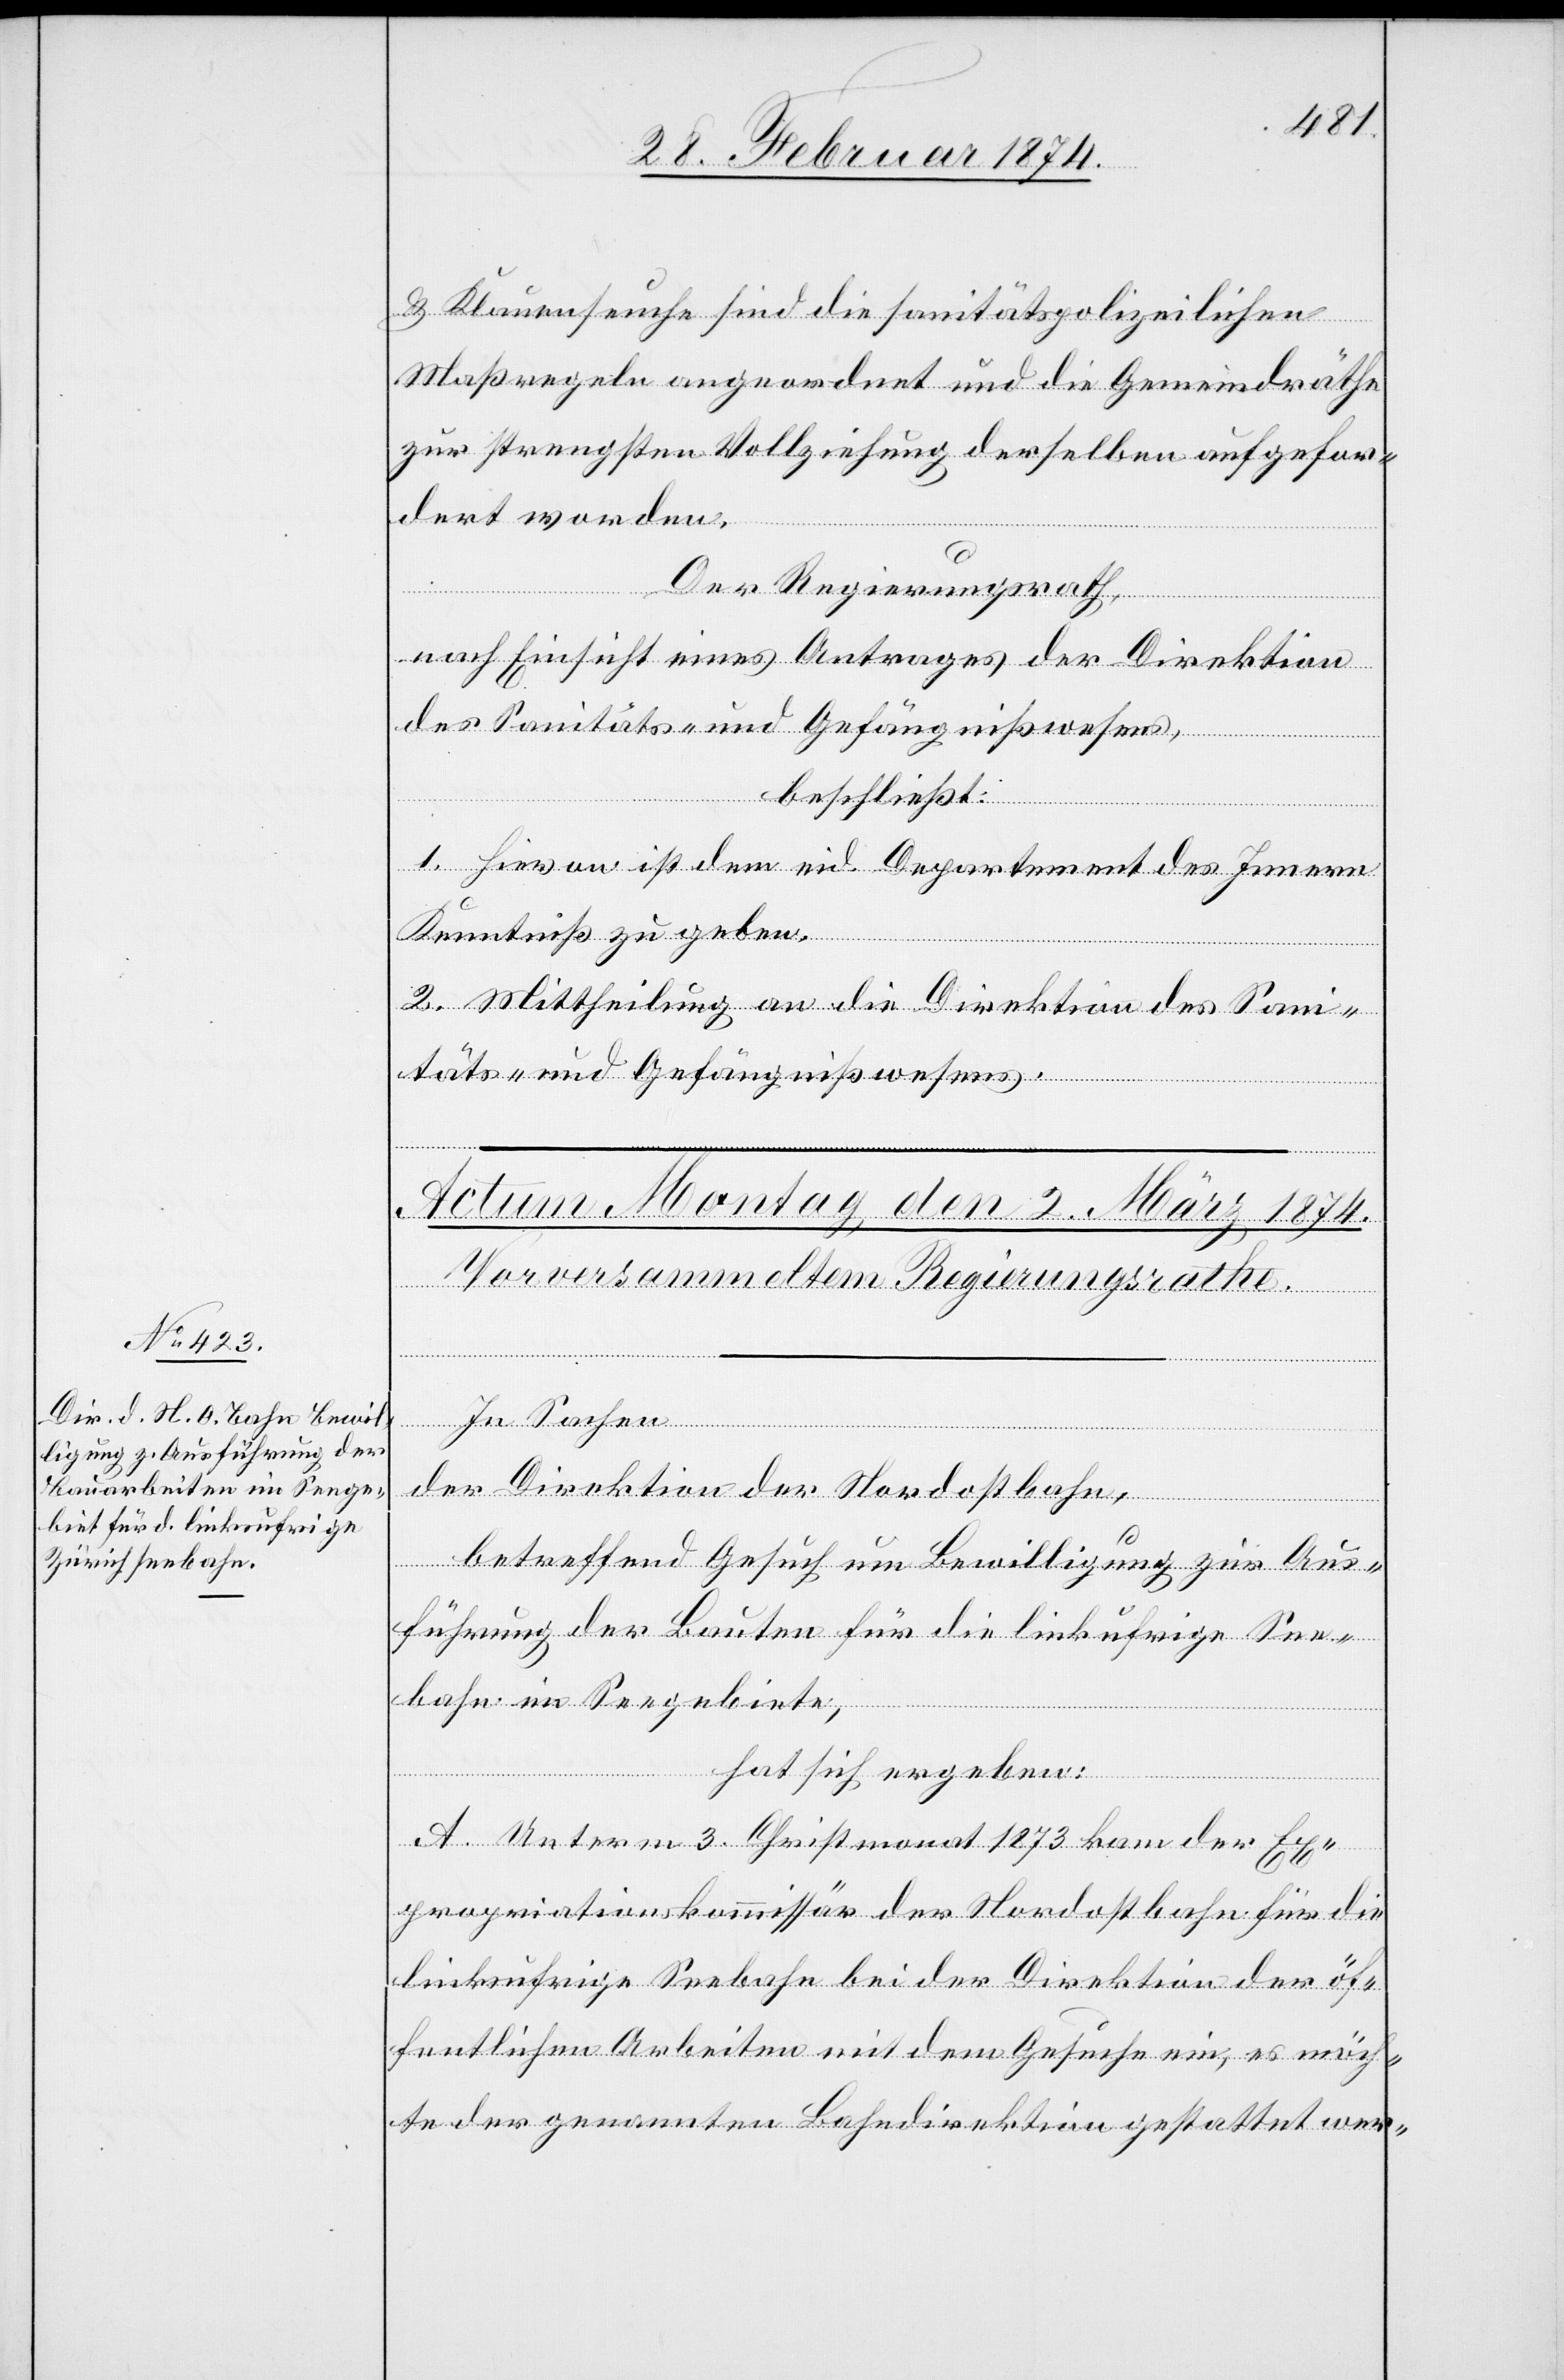
u. Klauenseuche sind die sanitätspolizeilichen
Maßregeln angeordnet und die Gemeindräthe
zur strengsten Vollziehung derselben aufgefor¬
dert worden.
Der Regierungsrath,
nach Einsicht eines Antrages der Direktion
des Sanitäts- und Gefängnißwesens,
beschließt:
1. Hievon ist dem eid. Departement des Innern
Kenntniß zu geben.
2. Mittheilung an die Direktion des San¬
itäts- und Gefängnißwesens.
In Sachen
der Direktion der Nordostbahn,
betreffend Gesuch um Bewilligung zur Aus¬
führung der Bauten für die link[s]ufrige See¬
bahn im Seegebiet,
hat sich ergeben:
A. Unterm 3. Christmonat 1873 kam der Ex¬
propriationskommissär der Nordostbahn für die
linksufrige Seebahn bei der Direktion der öf¬
fentlichen Arbeiten mit dem Gesuche ein, es möch¬
te der genannten Bahndirektion gestattet wer-